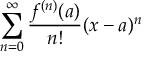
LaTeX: \sum _ { n = 0 } ^ { \infty } { \frac { f ^ { ( n ) } ( a ) } { n ! } } ( x - a ) ^ { n }